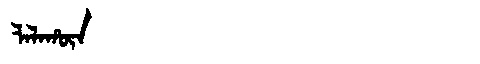
Manchu: ᠯᠠᠯᠠᡥᡡᠨ
Romanization: LALAHŪN